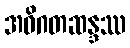
အဝိဂတဆန္ဒဿ